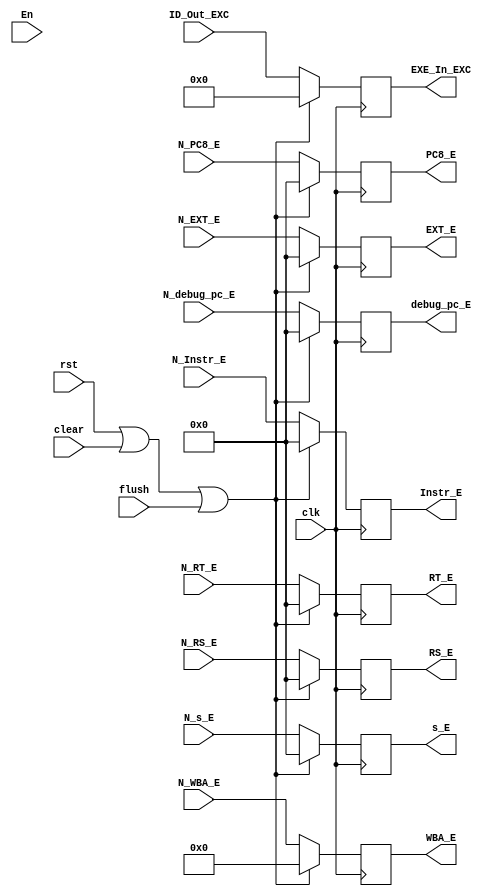
module DE(      //D/E
    input clk,
    input rst,
    input clear,
    input En,
    input flush,
    input [31:0]N_Instr_E,
    input [31:0]N_RS_E,
    input [31:0]N_RT_E,
    input [31:0]N_EXT_E,
    input [31:0]N_PC8_E,
    input [4:0]N_WBA_E,
    input [31:0]N_s_E,
    input [31:0]N_debug_pc_E,
    input [5:0] ID_Out_EXC,
    output reg [31:0]Instr_E,
    output reg [31:0]RS_E,
    output reg [31:0]RT_E,
    output reg [31:0]EXT_E,
    output reg [31:0]PC8_E,
    output reg [4:0]WBA_E,
    output reg [31:0]s_E,
    output reg [31:0]debug_pc_E,
    output reg [5:0]EXE_In_EXC
);

always @(posedge clk) begin
    if(rst || clear || flush) begin
      Instr_E <= 0;
      RS_E <= 0;
      RT_E <= 0;
      EXT_E <= 0;
      PC8_E <= 0;
      WBA_E <= 0;
      s_E <= 0;
      debug_pc_E <= 0;
      EXE_In_EXC <= 0;
    end
    else begin
      Instr_E <= N_Instr_E;
      RS_E <= N_RS_E;
      RT_E <= N_RT_E;
      EXT_E <= N_EXT_E;
      PC8_E <= N_PC8_E;
      WBA_E <= N_WBA_E;
      s_E <= N_s_E;
      debug_pc_E <= N_debug_pc_E;
      EXE_In_EXC <= ID_Out_EXC; 
end
end
endmodule